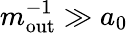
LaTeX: m_{\mathrm{out}}^{-1}\gg a_{0}